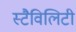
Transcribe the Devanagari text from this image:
स्टैविलिटी